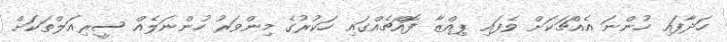
ހަދާފައި ހުންނަ އެއްޗަކަށް ވެފައި ޕިއްޒާ ފޮއްޗެއްގައި ހަކުރުގެ މިންވަރު ހުންނަލެއް ސީރިއަލްތަކަށް